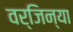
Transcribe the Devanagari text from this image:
वर्जिन्या